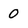
Character: 0